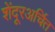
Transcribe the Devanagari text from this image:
शेंदूरअर्चित